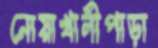
নোয়াখালীপাড়া